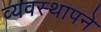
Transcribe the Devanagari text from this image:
व्यवस्थापने